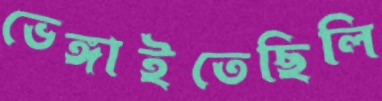
ভেঙ্গাইতেছিলি